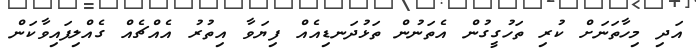
އަދި މިހާތަނަށް ކުރި ތަހުގީގުން އެތަނުން ތަޅުދަނޑިއެއް ފިޔަވާ އިތުރު އެއްޗެއް ގެއްލިފައިވާކަން